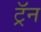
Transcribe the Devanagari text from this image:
ट्रॅन